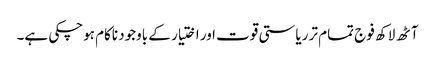
آٹھ لاکھ فوج تمام تر ریاستی قوت اور اختیار کے باوجود ناکام ہوچکی ہے۔